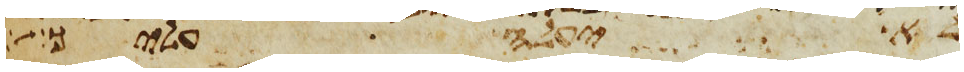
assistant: לא יעלה עליך